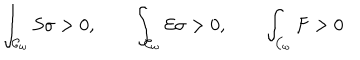
LaTeX: \int _ { { \cal { C } } _ { \omega } } { S \sigma } > 0 , \qquad \int _ { { \cal { C } } _ { \omega } } { { \cal { E } } \sigma } > 0 , \qquad \int _ { { \cal { C } } _ { \omega } } { F } > 0